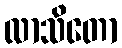
လာသိတော